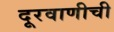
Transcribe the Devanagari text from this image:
दूरवाणीची